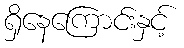
ရှိနေကြောင်းနှင့်